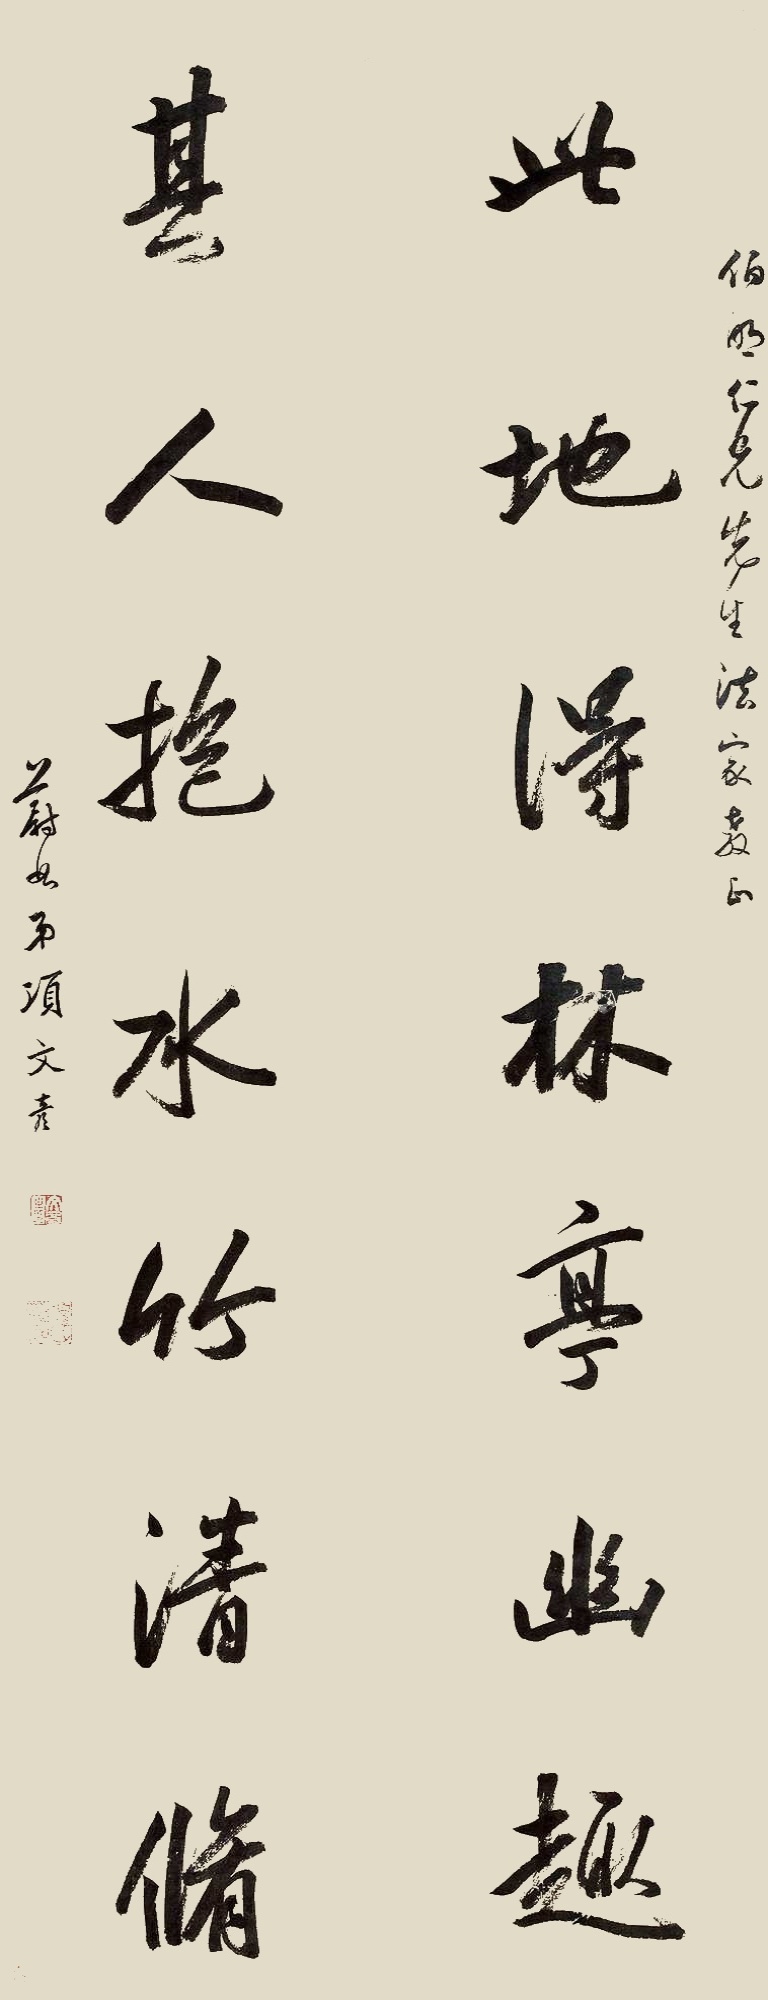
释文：此地得林亭幽趣，其人抱水竹清修。伯明仁兄先生法家教正，蔚如弟项文彦。